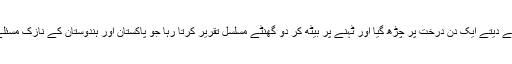
جھاڑو دیتے دیتے ایک دن درخت پر چڑھ گیا اور ٹہنے پر بیٹھ کر دو گھنٹے مسلسل تقریر کرتا رہا جو پاکستان اور ہندوستان کے نازک مسئلے پر تھی۔